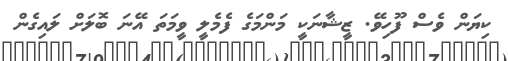
ކިޔަން ވެސް ފޫހިވޭ. ޒީޝާނަކީ މަންމަގެ ފެމެލީ ވީމަތަ އޭނަ ބޮލަށް ލައިގެން